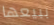
ببيعها